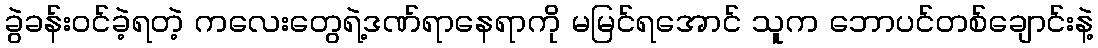
ခွဲခန်းဝင်ခဲ့ရတဲ့ ကလေးတွေရဲ့ဒဏ်ရာနေရာကို မမြင်ရအောင် သူက ဘောပင်တစ်ချောင်းနဲ့